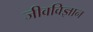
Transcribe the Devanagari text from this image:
जीवविज्ञान